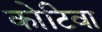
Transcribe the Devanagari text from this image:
कोटिवा